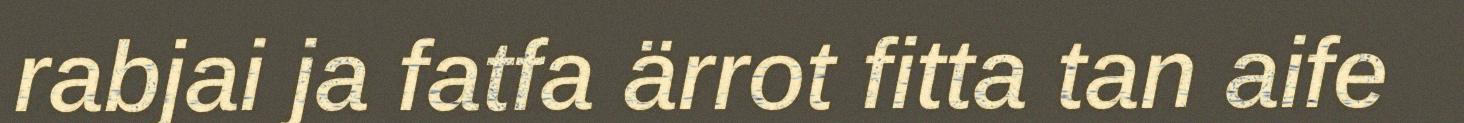
rabjai ja fatfa ärrot fitta tan aife